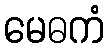
မေဓကံ